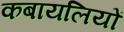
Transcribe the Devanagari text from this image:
कबायलियों